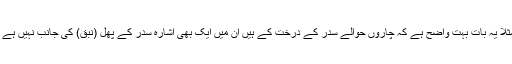
مثلاً یہ بات بہت واضح ہے کہ چاروں حوالے سدر کے درخت کے ہیں ان میں ایک بھی اشارہ سدر کے پھل (نبق) کی جانب نہیں ہے ۔